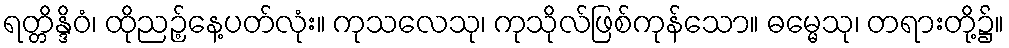
ရတ္တိန္ဒိဝံ၊ ထိုညဉ့်နေ့ပတ်လုံး။ ကုသလေသု၊ ကုသိုလ်ဖြစ်ကုန်သော။ ဓမ္မေသု၊ တရားတို့၌။